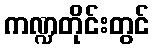
ကဏ္ဍတိုင်းတွင်